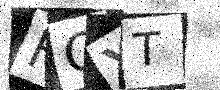
Text: FQYT